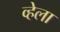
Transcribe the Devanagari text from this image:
व्हेला